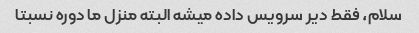
سلام، فقط دیر سرویس داده میشه البته منزل ما دوره نسبتا